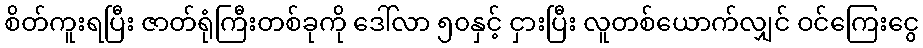
စိတ်ကူးရပြီး ဇာတ်ရုံကြီးတစ်ခုကို ဒေါ်လာ ၅၀နှင့် ငှားပြီး လူတစ်ယောက်လျှင် ဝင်ကြေးငွေ